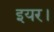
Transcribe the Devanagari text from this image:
इयर।